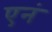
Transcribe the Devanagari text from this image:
एनं